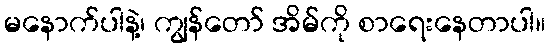
မနောက်ပါနဲ့၊ ကျွန်တော် အိမ်ကို စာရေးနေတာပါ။